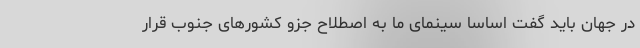
در جهان باید گفت اساسا سینمای ما به اصطلاح جزو کشورهای جنوب قرار